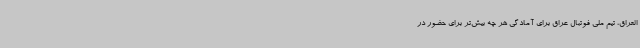
العراق، تیم ملی فوتبال عراق برای آمادگی هر چه بیش‌تر برای حضور در